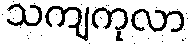
သကျကုလာ